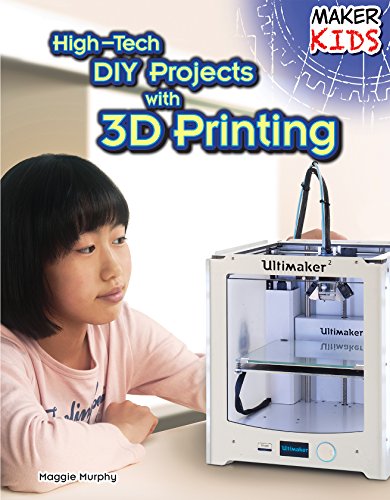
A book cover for High-Tech DIY Projects With 3D Printing (Maker Kids); Maggie Murphy; Children's Books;